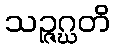
သဉ္ဇဂ္ဃတိ